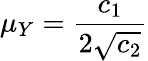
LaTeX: \mu_{Y}=\frac{c_{1}}{2\sqrt{c_{2}}}